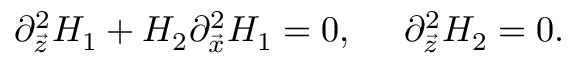
\partial _ { \vec { z } } ^ { 2 } H _ { 1 } + H _ { 2 } \partial _ { \vec { x } } ^ { 2 } H _ { 1 } = 0 , \ \ \ \ \partial _ { \vec { z } } ^ { 2 } H _ { 2 } = 0 .